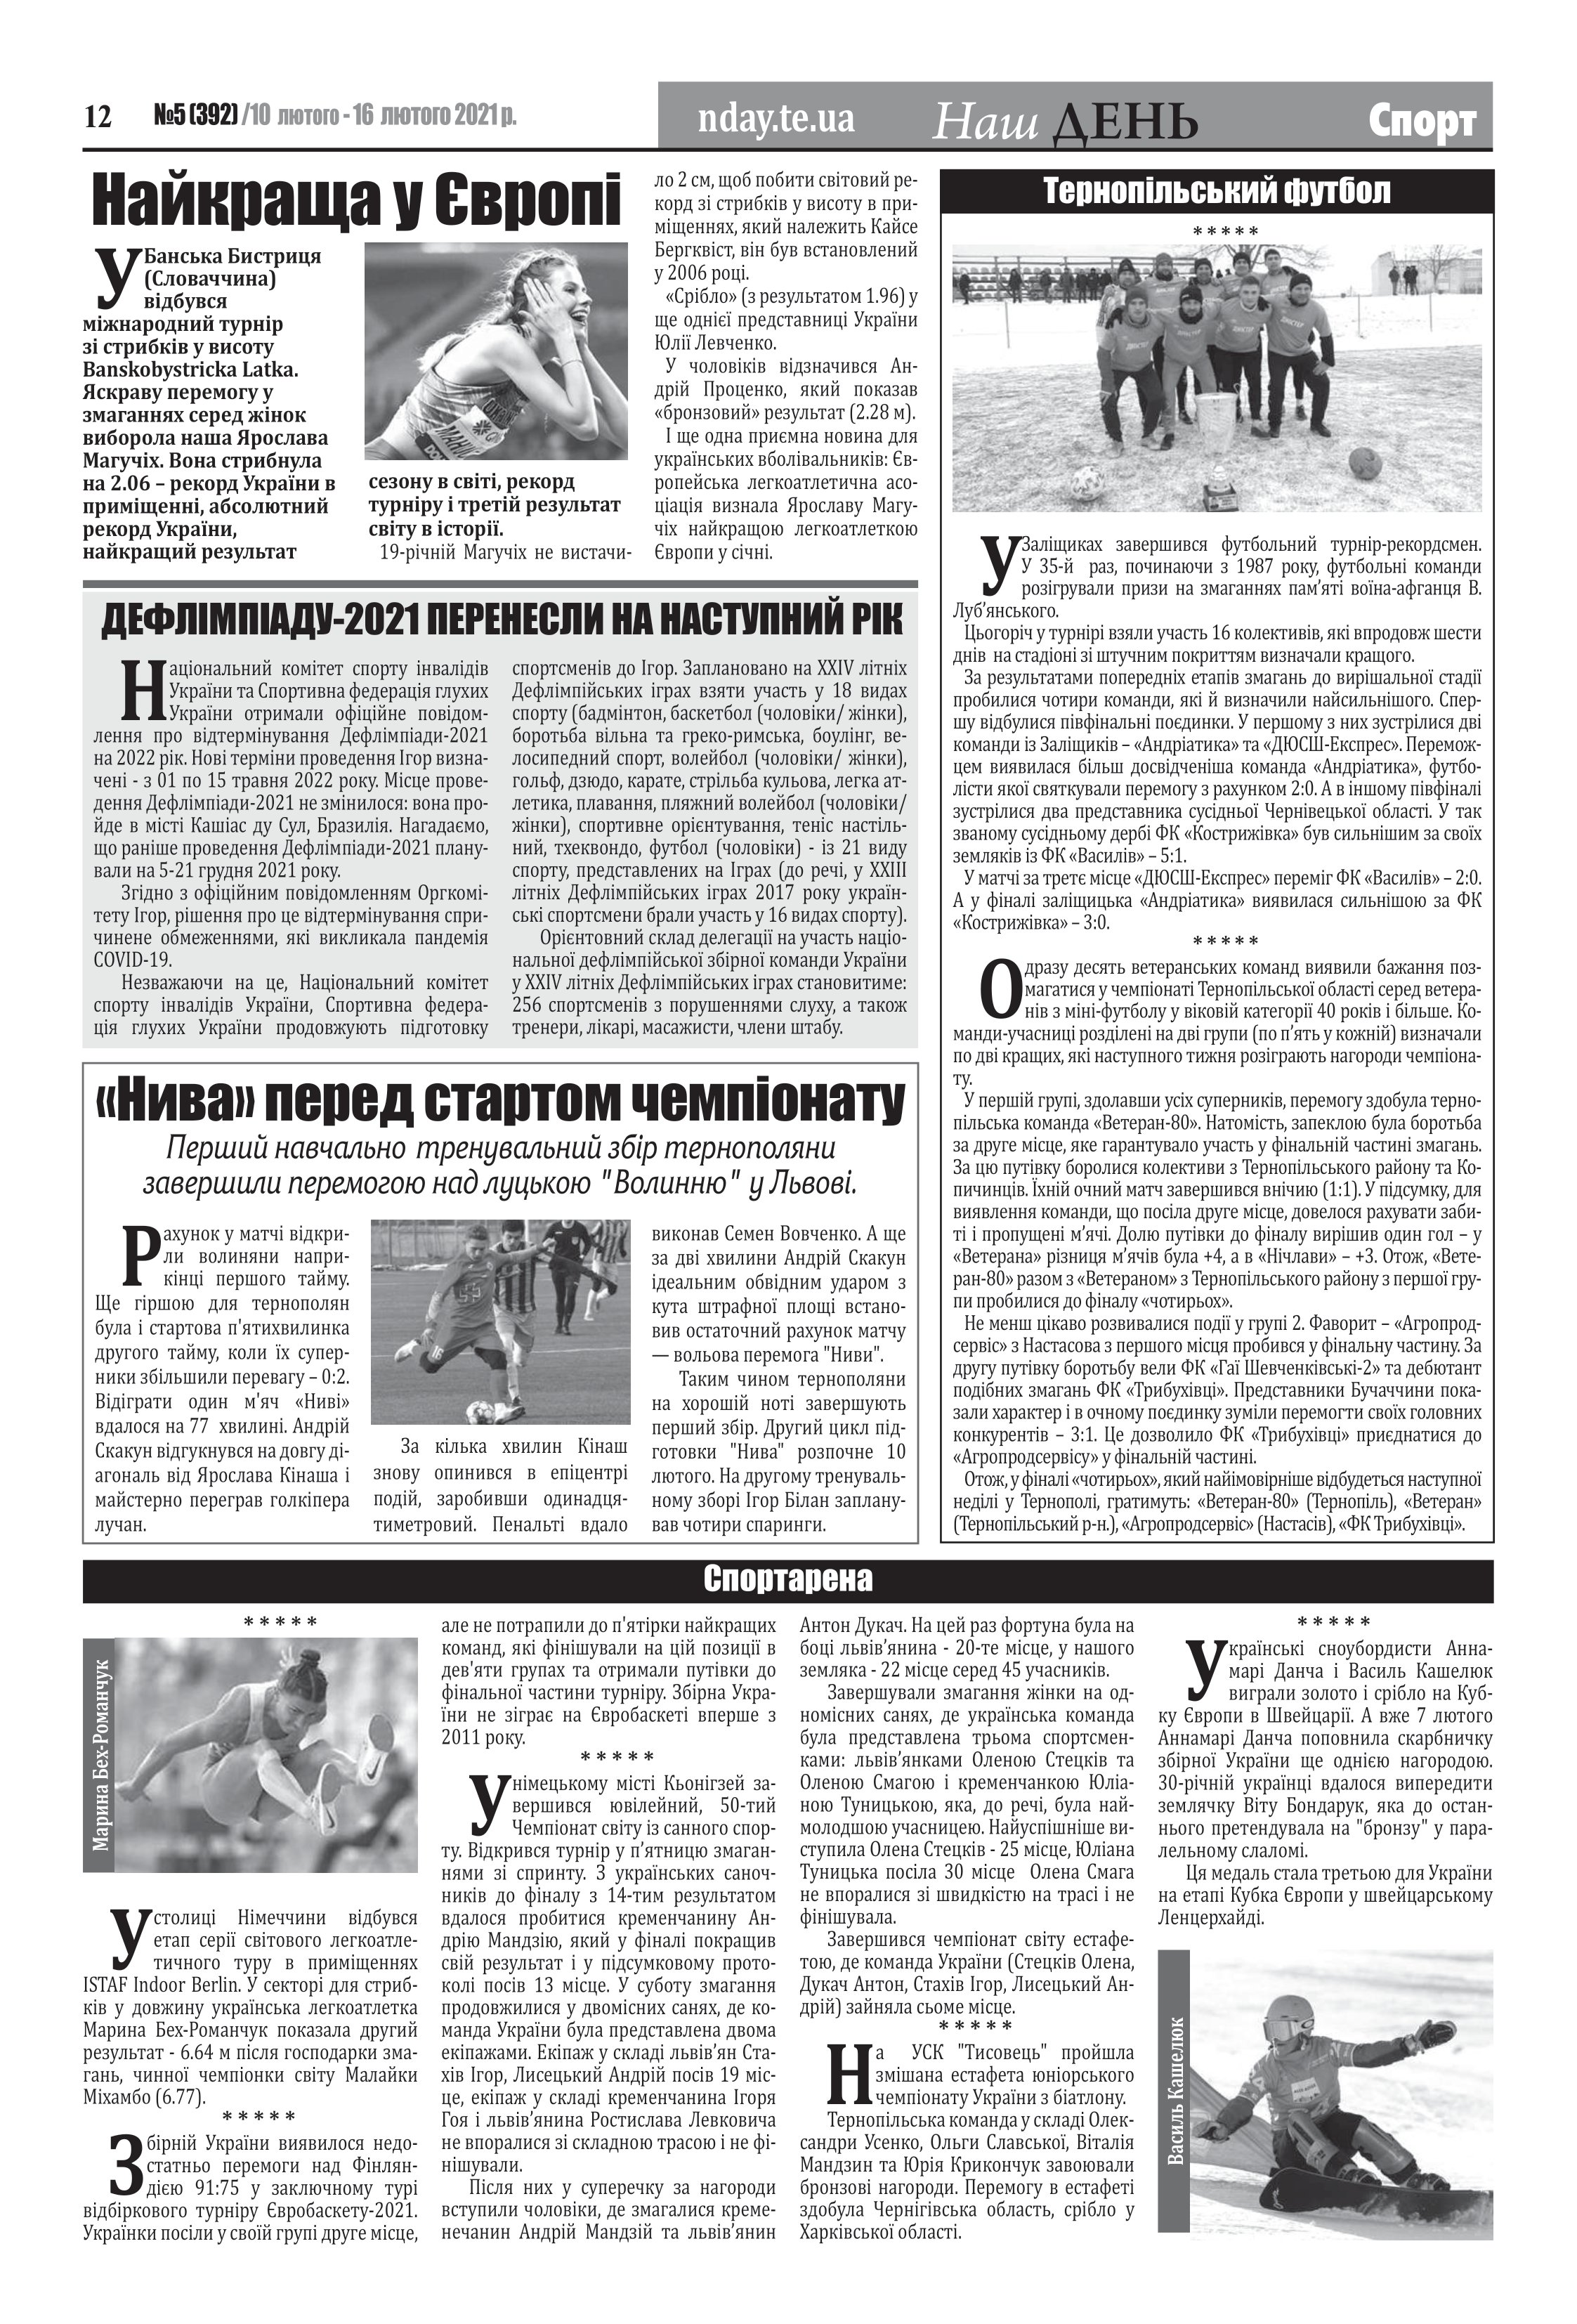
Language: uk